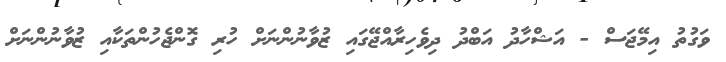
ވަގުތު އިމޭޖަސް - އަޝްހާދު އަބްދު ދިވެހިރާއްޖޭގައި ޒުވާނުންނަށް ހުރި ގޮންޖެހުންތަކާއި ޒުވާނުންނަށް